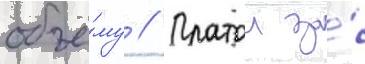
объё́му // Платои за́